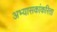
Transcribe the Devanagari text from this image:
अभ्यासकांकरिता